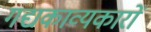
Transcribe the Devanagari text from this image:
गद्यकाव्यकारों